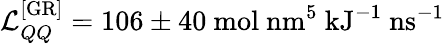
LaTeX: \mathcal{L}_{QQ}^{\mathrm{[GR]}}=106\pm 40\ \mathrm{mol\ nm^{5}\ kJ^{-1}\ ns^{-1}}